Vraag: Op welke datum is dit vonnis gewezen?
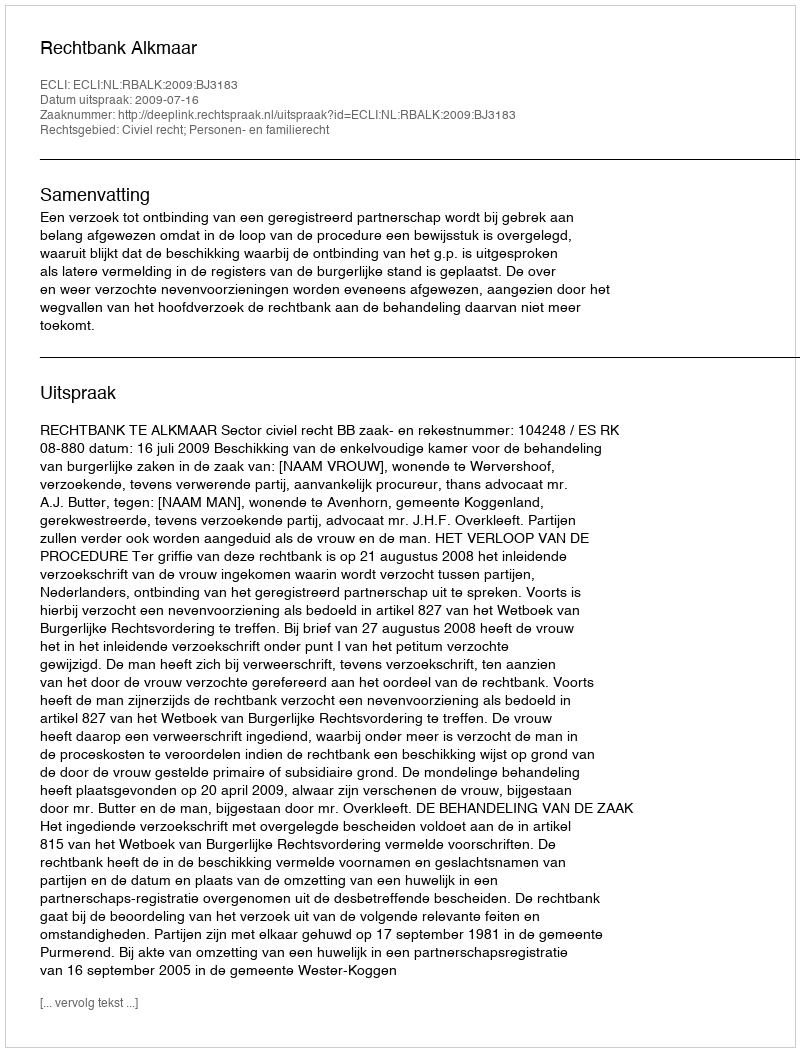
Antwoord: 2009-07-16